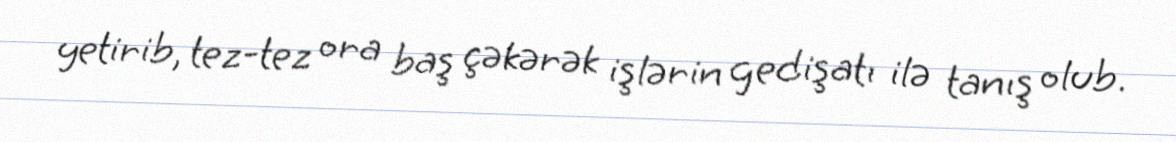
yetirib, tez-tez ora baş çəkərək işlərin gedişatı ilə tanış olub.